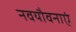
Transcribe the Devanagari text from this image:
नवयौवनाएं